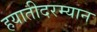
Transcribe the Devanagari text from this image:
हयातीदरम्यान